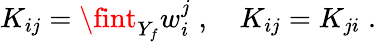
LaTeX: K_{ij}=\fint_{Y_{f}}w_{i}^{j}\; ,\quad K_{ij}=K_{ji}\; .